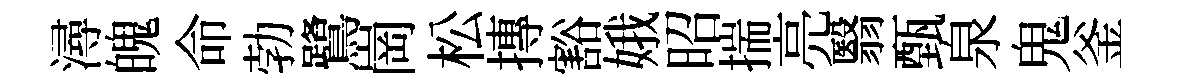
潯魄命勃鷺崗松摶豁娥昭揣亮翳甄泉鬼釜